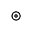
\circledcirc